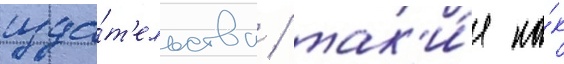
изда́т'ельства / так'и́е ка́к